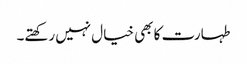
طہارت کا بھی خیال نہیں رکھتے۔